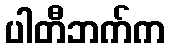
ပါတီဘက်က